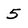
Character: 5